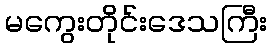
မကွေးတိုင်းဒေသကြီး